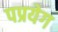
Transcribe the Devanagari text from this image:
पप्रयेग